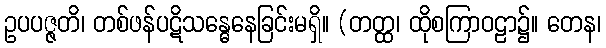
ဥပပဇ္ဇတိ၊ တစ်ဖန်ပဋိသန္ဓေနေခြင်းမရှိ။ (တတ္ထ၊ ထိုစကြာဝဠာ၌။ တေန၊